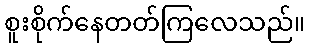
စူးစိုက်နေတတ်ကြလေသည်။